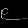
Digit: ၉